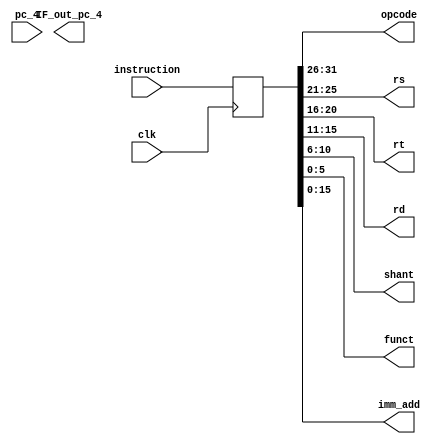
`timescale 1ns / 1ps
//////////////////////////////////////////////////////////////////////////////////
// Project - ECE690
//Maker - Jagrut Jadhav
//////////////////////////////////////////////////////////////////////////////////


module IF_ID(
input clk,
input [31:0] pc_4,
input [31:0] instruction,
output [31:0] IF_out_pc_4,
output [5:0] opcode,       //output of 6 bit opcode
output [4:0] rs,           
output [4:0] rt,
output [4:0] rd,
output [4:0] shant,
output [5:0] funct,
output [15:0] imm_add
    );
    
    reg [31:0] IF_ID;
    reg [31:0] pc_IF;
    always @(posedge clk)
    begin
    IF_ID <= instruction;
    pc_IF <= pc_4;
    end
    // dividing the bits to decode the instruction
    assign opcode = IF_ID[31:26];
    assign rs = IF_ID[25:21];
    assign rt = IF_ID[20:16];
    assign rd = IF_ID[15:11];
    assign shant = IF_ID[10:6];
    assign funct = IF_ID[5:0];
    assign imm_add = {rd,shant,funct};
    assign IF_pc_4 = pc_IF;
endmodule